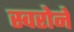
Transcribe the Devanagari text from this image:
स्वरोने